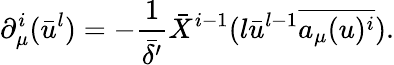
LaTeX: \partial_{\mu}^{i}(\bar{u}^{l})=-\frac{1}{\bar{\delta^{\prime}}}\bar{X}^{i-1}(l\bar{u}^{l-1}\overline{{{a_{\mu}(u)^{i}}}}).